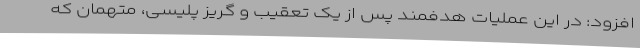
افزود: در این عملیات هدفمند پس از یک تعقیب و گریز پلیسی، متهمان که